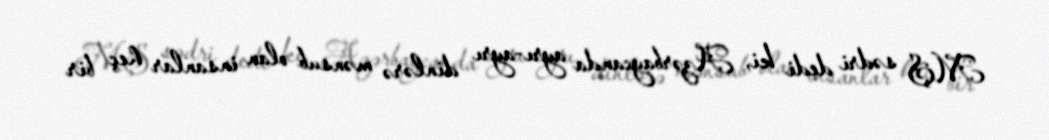
MŞ sədri dedi ki, Azərbaycanda ayrı-ayrı dinlərə mənsub olan insanlar heç bir